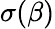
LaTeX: \sigma(\beta)